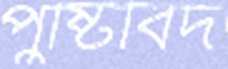
পুষ্টিবিদ